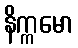
နိက္ကမော